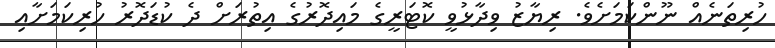
ހުރިތަނެއް ނޫންކަމަށެވެ. ރިޔާޒު ވިދާޅުވީ ކޮޓަރީގެ މައިދޮރުގެ އިތުރަށް ދެ ކުޑަދޮރު ހުރިކަމަށާއި